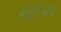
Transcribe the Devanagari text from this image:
बह्मोत्‍सव